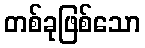
တစ်ခုဖြစ်သော